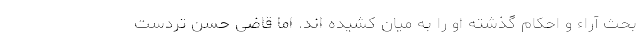
بحث آراء و احکام گذشته او را به میان کشیده اند. اما قاضی حسن تردست